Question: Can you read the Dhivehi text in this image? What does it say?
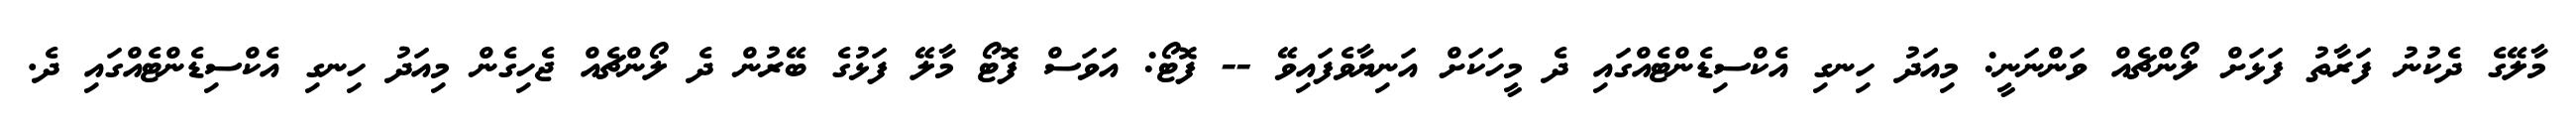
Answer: މާލޭގެ ދެކުނު ފަރާތު ފަޅަށް ލޯންޗެއް ވަންނަނީ: މިއަދު ހިނގި އެކްސިޑެންޓެއްގައި ދެ މީހަކަށް އަނިޔާވެފައިވޭ -- ފޮޓޯ: އަވަސް ފޮޓޯ މާލޭ ފަޅުގެ ބޭރުން ދެ ލޯންޗެއް ޖެހިގެން މިއަދު ހިނގި އެކްސިޑެންޓެއްގައި ދެ.